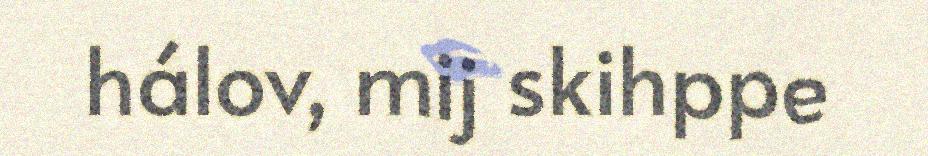
hálov, mij skihppe